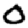
Digit: 0